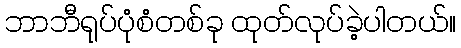
ဘာဘီရုပ်ပုံစံတစ်ခု ထုတ်လုပ်ခဲ့ပါတယ်။